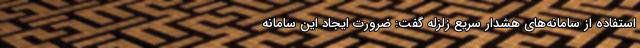
استفاده از سامانه‌های هشدار سریع زلزله گفت: ضرورت ایجاد این سامانه